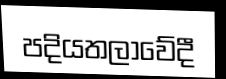
පදියතලාවේදී